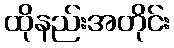
ထိုနည်းအတိုင်း